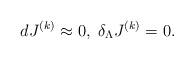
LaTeX: \begin{align*}d J^{ (k)} \approx 0, \; \delta_\Lambda J^{ (k)} = 0.\end{align*}